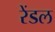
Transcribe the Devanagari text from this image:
रेंडल